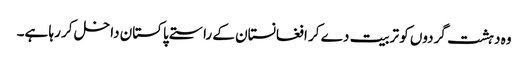
وہ دہشت گردوں کو تربیت دے کر افغانستان کے راستے پاکستان داخل کر رہا ہے۔